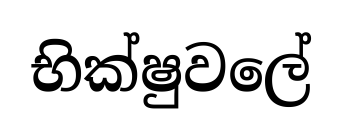
භික්ෂුවලේ